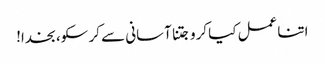
اتنا عمل کیا کرو جتنا آسانی سے کر سکو، بخدا!